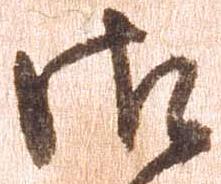
御